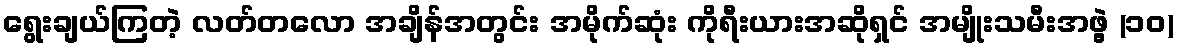
ရွေးချယ်ကြတဲ့ လတ်တလော အချိန်အတွင်း အမိုက်ဆုံး ကိုရီးယားအဆိုရှင် အမျိုးသမီးအဖွဲ့ (၁၀)